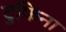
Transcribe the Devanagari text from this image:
टुफिना